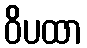
ဝိပထာ